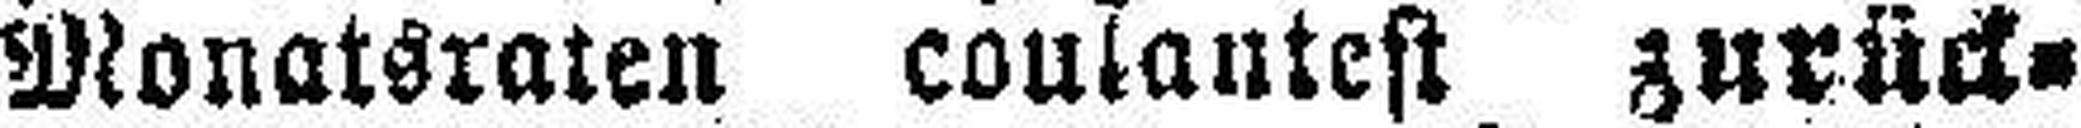
Monatsraten coulantest zurück¬